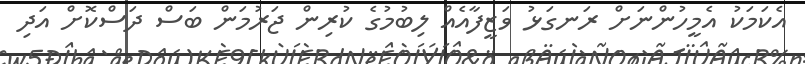
އެކަމަކު އެމީހުންނަށް ރަނގަޅު ވަޒީފާއެއް ލިބުމުގެ ކުރިން ޖަރުމަން ބަސް ދަސްކޮށް އަދި